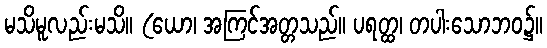
မသိမူလည်းမသိ။ (ယော၊ အကြင်အတ္တသည်။ ပရတ္ထ၊ တပါးသောဘဝ၌။